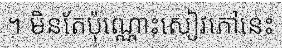
។ មិនតែប៉ុណ្ណោះសៀវភៅនេះ